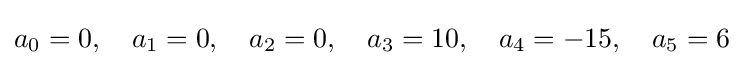
a_{0}=0,\quad a_{1}=0,\quad a_{2}=0,\quad a_{3}=10,\quad a_{4}=-15,\quad a_{5}=6